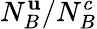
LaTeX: N_{B}^{\mathbf{u}}/N_{B}^{c}